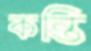
কন্তি